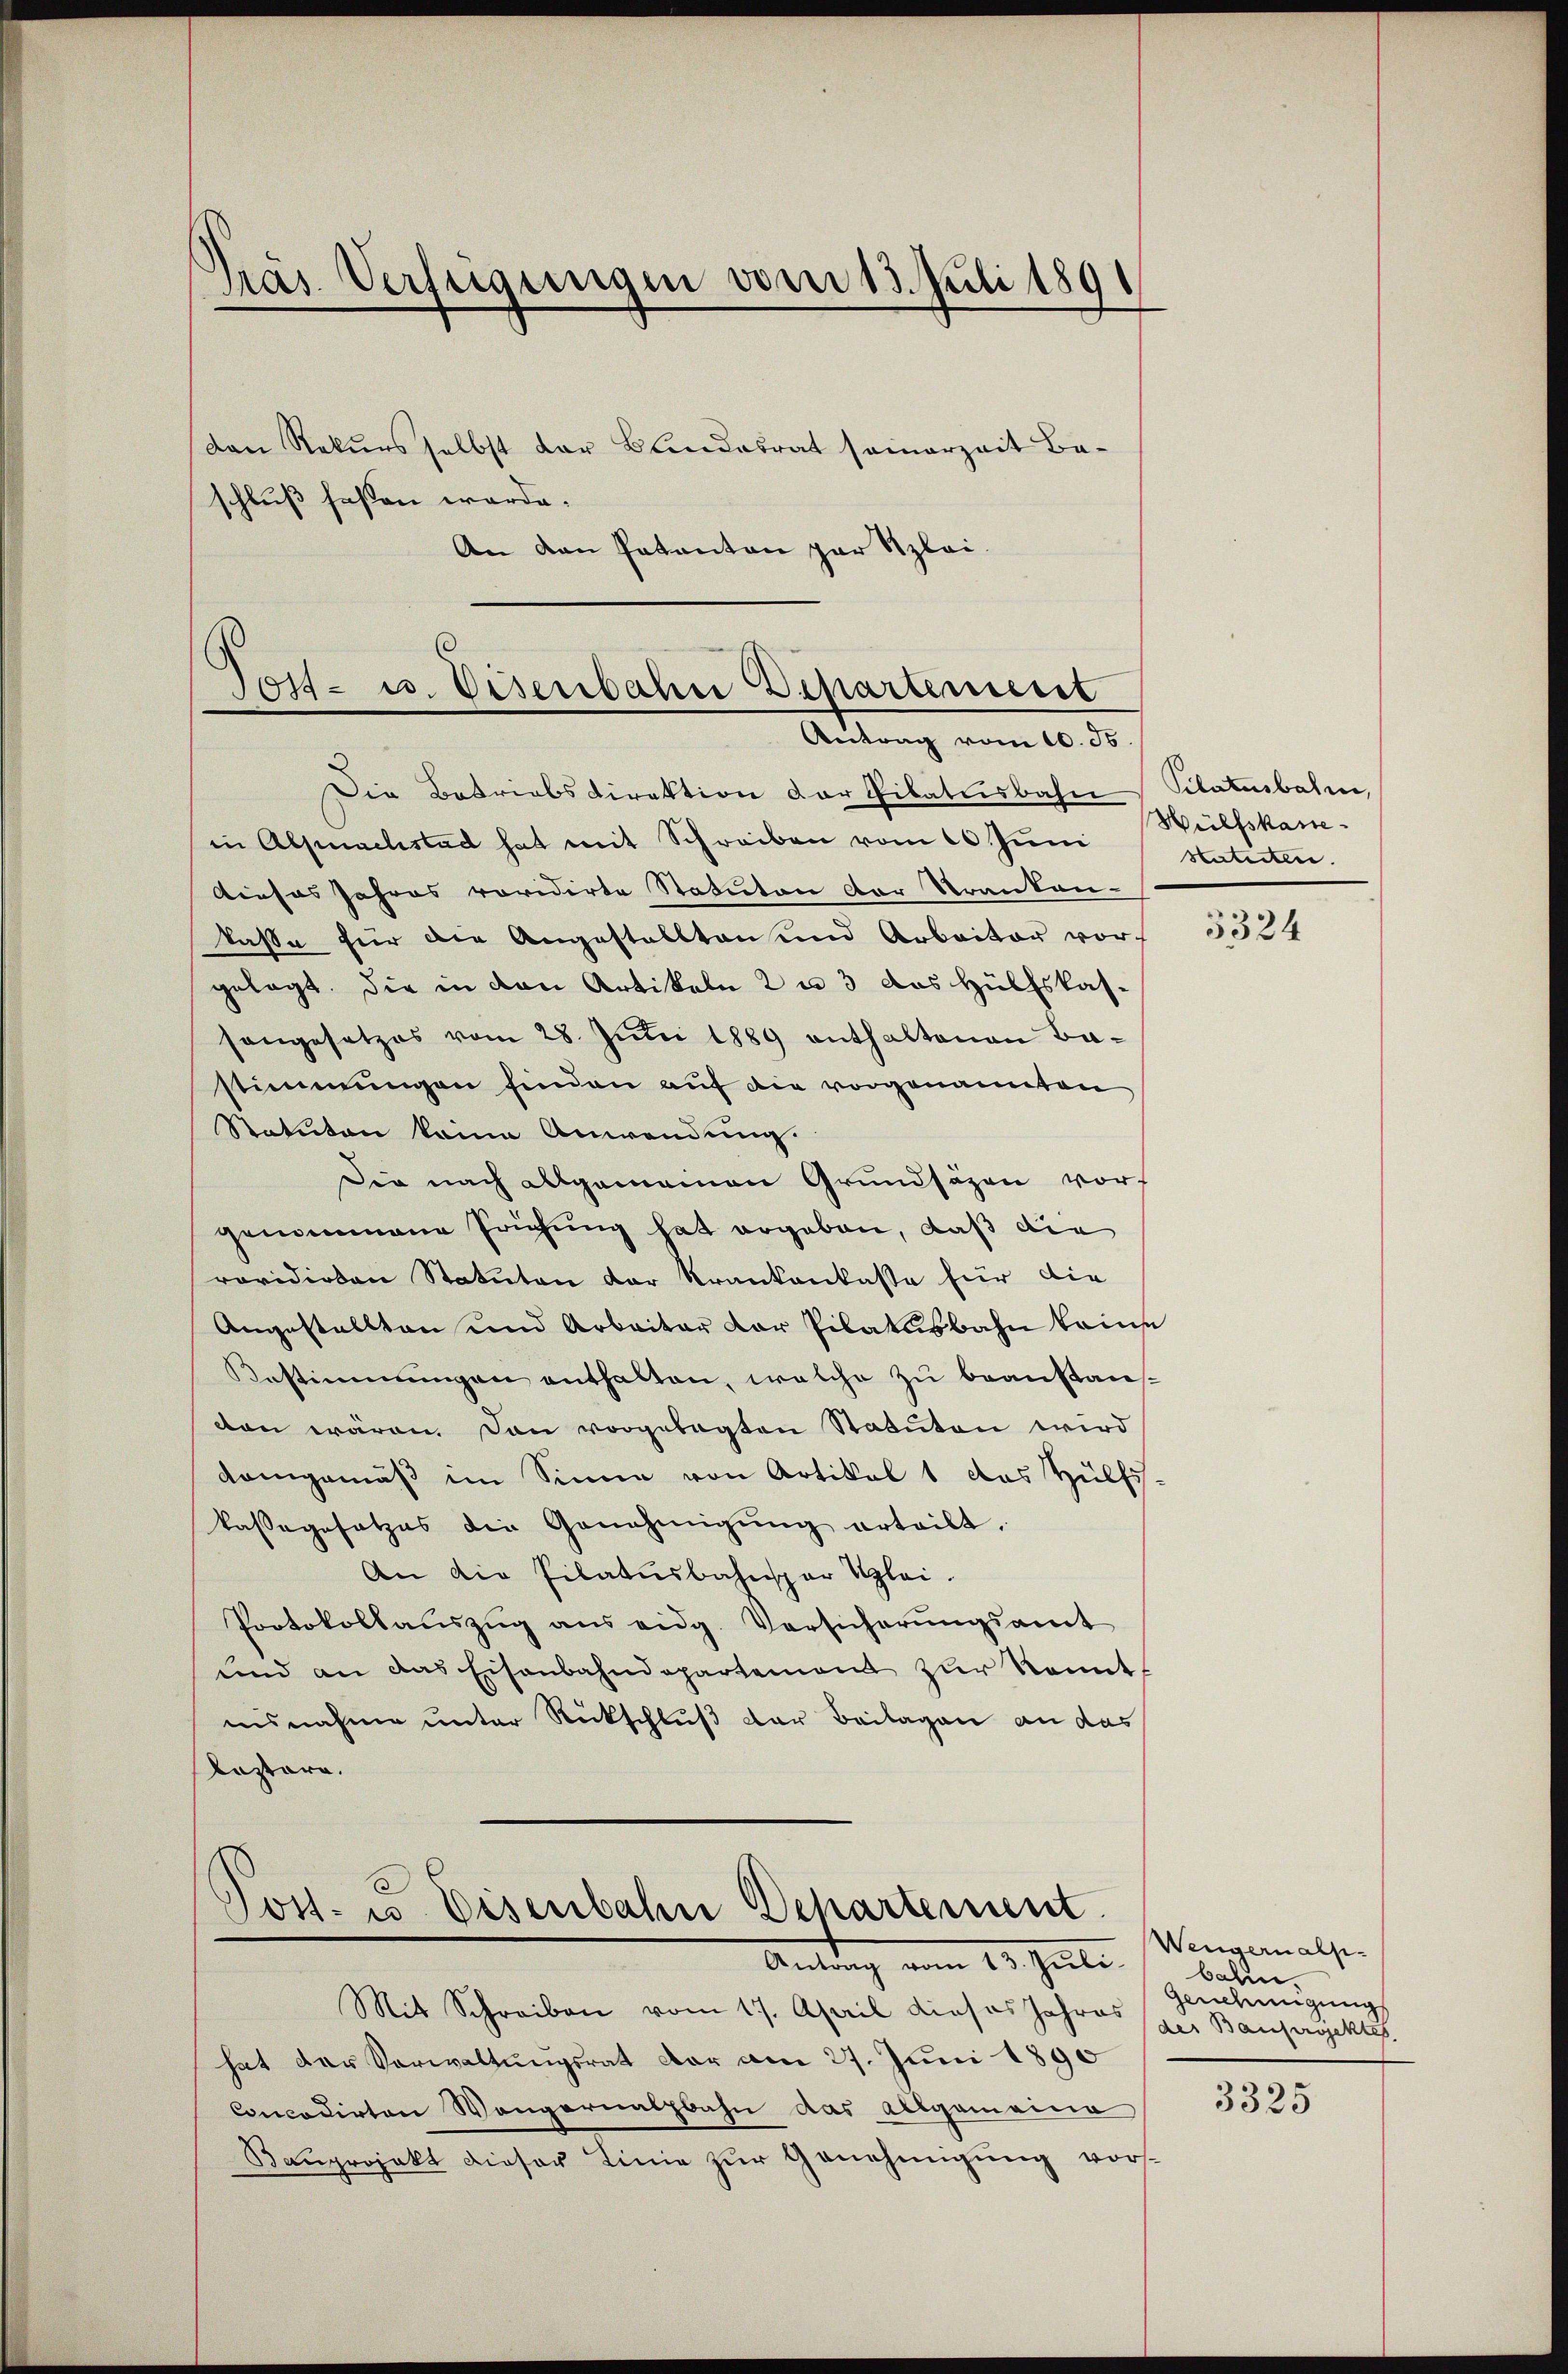
Präs. Verfügungen vom 13. Juli 1891

den Rekurs selbst der Blindesrat seinerzeit Beschluß fassen werde.
An den Pakanton par Szlai.

Post- u. Eisenbahn Departement
Antrag vom 10. ds.

Die Betriebsdirektion der Pilaturbahn Pilatenbahn,
in Alpnachstad hat mit Schreiben vom 10. Juni
dieses Jahres revidirte Statuten der Kranken-
kasse für die Angestallten und Arbeiter vor
gelegt. Die in den Artikeln 2 u 3 das Hülfskassangesetzes vom 28. Juni 1889 enthaltenen Ba-
stimmungen finden auf die vorgenannten
Statuton keine Anwendung.
Die nach allgemeinen Grundsäzen vorgenommene Prüfung hat ergeben, daß die
revidirten Statuten der Krankenkasse für die
Angestallten und Arbeiter dor Pilatusbahn keine
Bestimmungen enthalten, welche zu beanstaufden wären. Dann vorgelegten Statuten wird
demgemäß im Sinne von Artikel 1 das Hülfs-
kassegesetzes die Genehmigŭng erteilt.
An die Pilatŭsbahnspar Klei-
Protokollaŭszŭg ans eidg. Versicherŭngsamt
und an das Eisenbahndepartement zŭr Kennt
ausnahme unter Rückschluß der Beilagen an das
bastare.

Post. u. Eisenbahn Dchartement.
Antrag vom 13. Juli

Mit Schreiben vom 17. April dieses Jahres
hat der Verwaltungsrat der am 27. Juni 1890
Concodirten Wangernalbahn das allgemeina
Bauprojekt dieser Linie zur Genehmigung vor¬

Hülfskane
Herteitere.

5324

Wengernalpbahin.
Genehmigung
der Bauprojektes.
3325